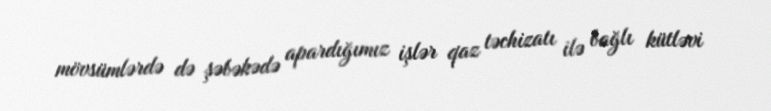
mövsümlərdə də şəbəkədə apardığımız işlər qaz təchizatı ilə bağlı kütləvi